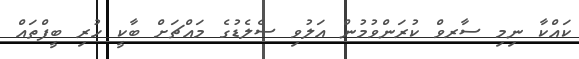
ކައްކާ ނިމި ސާރވް ކުރަންވުމުން އަލުވި ސެލެޑުގެ މައްޗަށް ބާކީ ހުރި ބީފްތައް